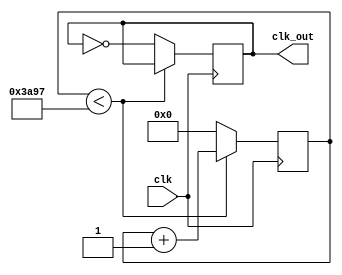
module sevenSegmentClockDiv(clk, clk_out);
    input clk;
    output clk_out;

    assign clk_out = clk1KHz;

    reg clk1KHz = 0;
    reg [15:0] counter = 0;
    always @(posedge clk) begin
        if (counter < 14999) begin
            counter <= counter + 1;
        end else begin
            counter <= 0;
            clk1KHz <= ~clk1KHz;
        end
    end
endmodule